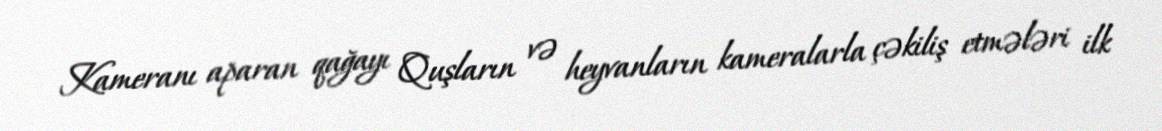
Kameranı aparan qağayı Quşların və heyvanların kameralarla çəkiliş etmələri ilk